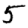
Digit: 5